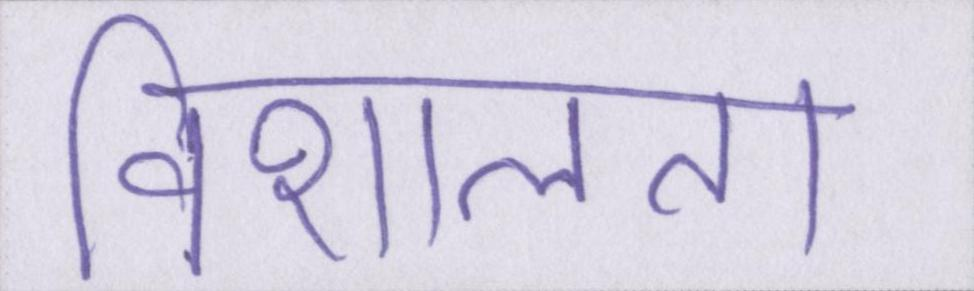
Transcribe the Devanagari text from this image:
विशालता